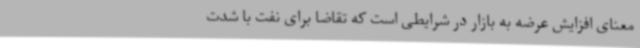
معنای افزایش عرضه به بازار در شرایطی است که تقاضا برای نفت با شدت